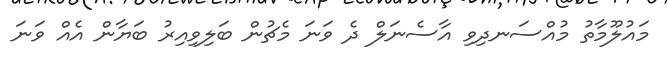
މައުލޫމާތު މުއްސަނދިވި އާސެނަލް ދެ ވަނަ މެޗުން ބަލިވިއިރު ބަޔާން އެއް ވަނަ